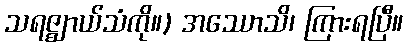
သရဇ္ဈာယ်သံကို။) အဿောသိ၊ ကြားရပြီ။